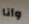
وأنا